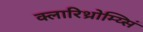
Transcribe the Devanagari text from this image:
क्लारिथ्रोम्य्सिं